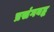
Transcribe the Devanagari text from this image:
प्रसंगबद्ध